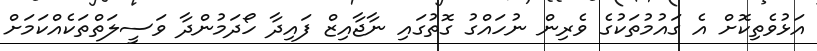
އަޅުވެތިކޮށް އެ ގައުމުތަކުގެ ވެރިން ނުހައްގު ގޮތުގައި ނާޖާއިޒް ފައިދާ ހޯދަމުންދާ ވަސީލަތްތަކެއްކަމަށް